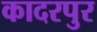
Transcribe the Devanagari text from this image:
कादरपुर